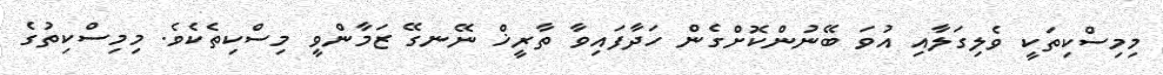
މިމިސްކިތަކީ ވެލިގަލާއި އުވަ ބޭނުންކޮށްގެން ހަދާފައިވާ ތާރީޚް ނޭނގޭ ޒަމާންވީ މިސްކިތެކެވެ. މިމިސްކިތުގެ